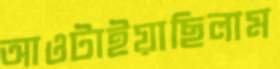
আওটাইয়াছিলাম